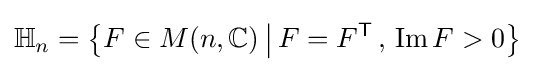
\mathbb {H} _{n}=\left\{F\in M(n,\mathbb {C} )\,{\big |}\,F=F^{\mathsf {T}}\,,\,\operatorname {Im} F>0\right\}